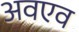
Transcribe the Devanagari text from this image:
अवएव